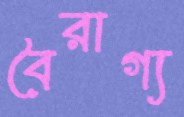
বৈরাগ্য